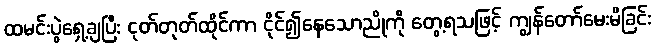
ထမင်းပွဲရှေ့ချပြီး ငုတ်တုတ်ထိုင်ကာ ငိုင်၍နေသောညိုကို တွေ့ရသဖြင့် ကျွန်တော်မေးမိခြင်း